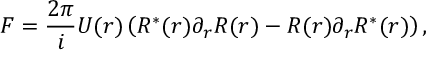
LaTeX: { \cal F } = \frac { 2 \pi } { i } U ( r ) \left( R ^ { \ast } ( r ) \partial _ { r } R ( r ) - R ( r ) \partial _ { r } R ^ { \ast } ( r ) \right) ,